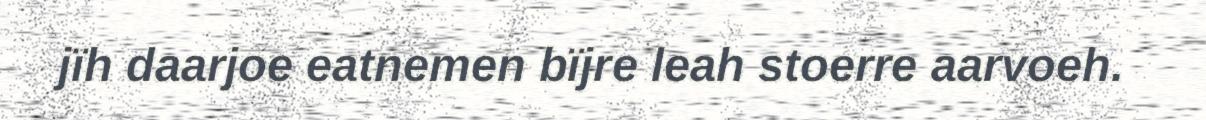
jïh daarjoe eatnemen bïjre leah stoerre aarvoeh.